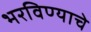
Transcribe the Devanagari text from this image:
भरविण्याचे